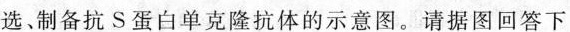
选、制备抗S蛋白单克隆抗体的示意图。请据图回答下